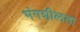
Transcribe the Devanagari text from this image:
भंगशीलता